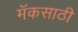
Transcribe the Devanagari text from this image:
मॅकसाठी